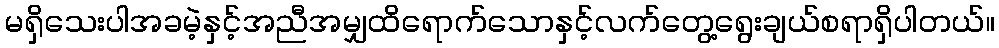
မရှိသေးပါအခမဲ့နှင့်အညီအမျှထိရောက်သောနှင့်လက်တွေ့ရွေးချယ်စရာရှိပါတယ်။